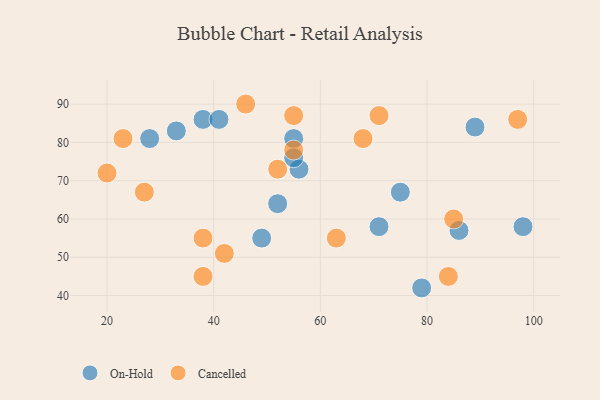
{"axis": {"x": "GDP", "y": "Life Expectancy"}, "legend": ["Cancelled", "On-Hold"], "data": [{"x": "55", "y": 81, "type": "On-Hold"}, {"x": "38", "y": 86, "type": "On-Hold"}, {"x": "86", "y": 57, "type": "On-Hold"}, {"x": "79", "y": 42, "type": "On-Hold"}, {"x": "75", "y": 67, "type": "On-Hold"}, {"x": "71", "y": 58, "type": "On-Hold"}, {"x": "41", "y": 86, "type": "On-Hold"}, {"x": "52", "y": 64, "type": "On-Hold"}, {"x": "49", "y": 55, "type": "On-Hold"}, {"x": "33", "y": 83, "type": "On-Hold"}, {"x": "89", "y": 84, "type": "On-Hold"}, {"x": "56", "y": 73, "type": "On-Hold"}, {"x": "28", "y": 81, "type": "On-Hold"}, {"x": "98", "y": 58, "type": "On-Hold"}, {"x": "55", "y": 76, "type": "On-Hold"}, {"x": "27", "y": 67, "type": "Cancelled"}, {"x": "84", "y": 45, "type": "Cancelled"}, {"x": "52", "y": 73, "type": "Cancelled"}, {"x": "85", "y": 60, "type": "Cancelled"}, {"x": "71", "y": 87, "type": "Cancelled"}, {"x": "55", "y": 78, "type": "Cancelled"}, {"x": "20", "y": 72, "type": "Cancelled"}, {"x": "23", "y": 81, "type": "Cancelled"}, {"x": "55", "y": 87, "type": "Cancelled"}, {"x": "38", "y": 45, "type": "Cancelled"}, {"x": "46", "y": 90, "type": "Cancelled"}, {"x": "97", "y": 86, "type": "Cancelled"}, {"x": "38", "y": 55, "type": "Cancelled"}, {"x": "68", "y": 81, "type": "Cancelled"}, {"x": "63", "y": 55, "type": "Cancelled"}, {"x": "42", "y": 51, "type": "Cancelled"}]}